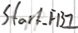
Text: Start_FB2